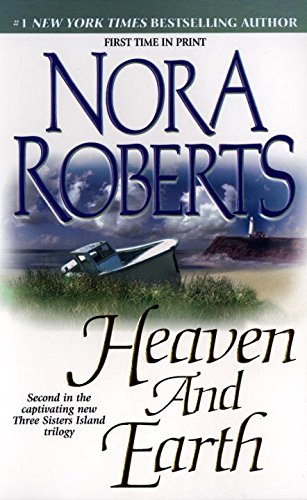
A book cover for Heaven and Earth (Three Sisters Island Trilogy); Nora Roberts; Romance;